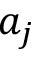
a _ { j }